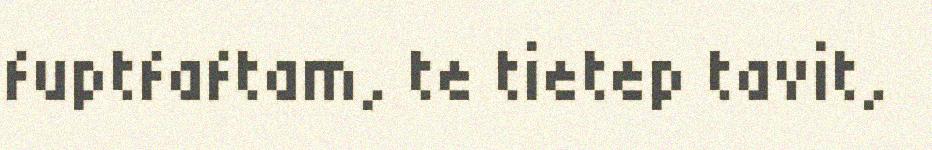
fuptfaftam, te tietep tavit,